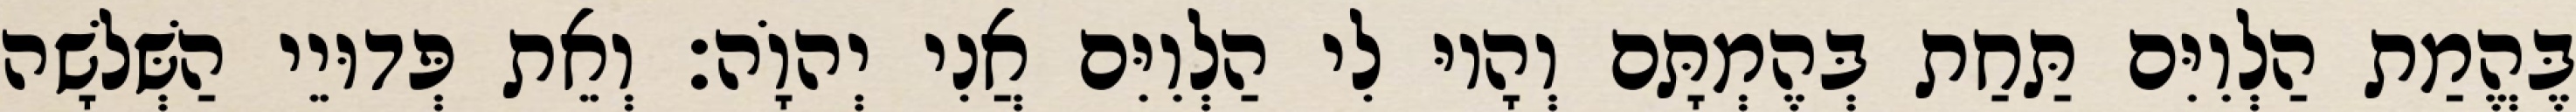
בֶּהֱמַת הַלְוִיִּם תַּחַת בְּהֶמְתָּם וְהָיוּ לִי הַלְוִיִּם אֲנִי יְהוָֹה׃ וְאֵת פְּדוּיֵי הַשְּׁלשָׁה